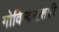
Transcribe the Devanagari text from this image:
गोविन्दनाशारि